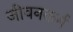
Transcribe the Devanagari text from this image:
जीवनकर्म